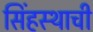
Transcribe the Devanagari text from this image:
सिंहस्थाची